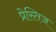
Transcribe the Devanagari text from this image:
प्रेस्तिज